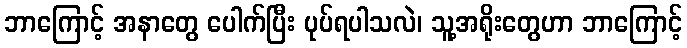
ဘာကြောင့် အနာတွေ ပေါက်ပြီး ပုပ်ရပါသလဲ၊ သူ့အရိုးတွေဟာ ဘာကြောင့်